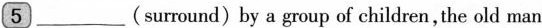
5 ___(surround) by a group of children, the old man